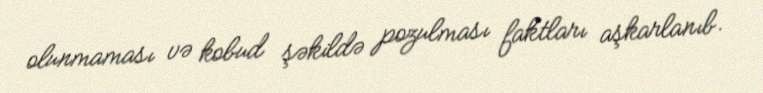
olunmaması və kobud şəkildə pozulması faktları aşkarlanıb.